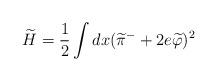
LaTeX: \begin{align*}\widetilde H= \frac{1}{2}\int dx(\widetilde \pi^{-}+2e\widetilde\varphi)^2\end{align*}